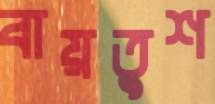
বায়তুশ